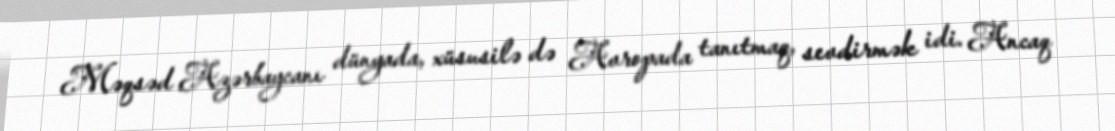
Məqsəd Azərbaycanı dünyada, xüsusilə də Avropada tanıtmaq, sevdirmək idi. Ancaq